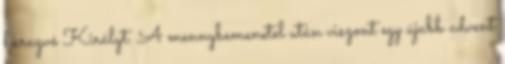
haragvó Királyt. A mennybemenetel után viszont egy újabb advent